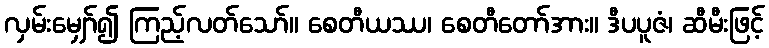
လှမ်းမျှော်၍ ကြည့်လတ်သော်။ စေတီယဿ၊ စေတီတော်အား။ ဒီပပူဇံ၊ ဆီမီးဖြင့်